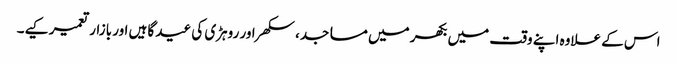
اس کے علاوہ اپنے وقت میں بکھر میں مساجد، سکھر اور روہڑی کی عید گاہیں اور بازار تعمیر کیے۔